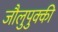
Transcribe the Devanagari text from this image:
जौलुपुक्की